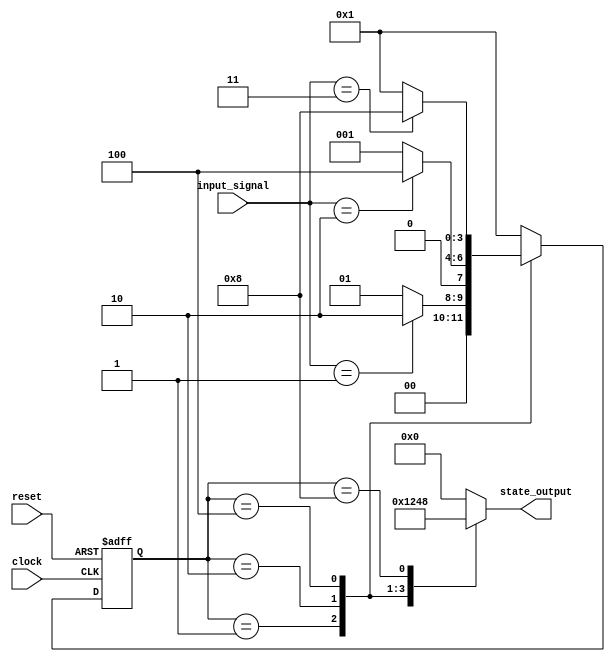
module synchronous_fsm (
    input wire clock,          // Clock signal
    input wire reset,          // Asynchronous reset signal
    input wire [1:0] input_signal, // Example input signals
    output reg [3:0] state_output // Example output
);

    // State variable
    reg [3:0] current_state, next_state;

    // Define state encoding
    parameter STATE_A = 4'b0001;
    parameter STATE_B = 4'b0010;
    parameter STATE_C = 4'b0100;
    parameter STATE_D = 4'b1000;

    // Sequential logic: State transition on clock edge
    always @(posedge clock or posedge reset) begin
        if (reset) begin
            current_state <= STATE_A; // Initialize to state A on reset
        end else begin
            current_state <= next_state; // Transition to next state
        end
    end

    // Combinational logic: Determine next state based on current state and input
    always @(*) begin
        case (current_state)
            STATE_A: begin
                if (input_signal == 2'b01) begin
                    next_state = STATE_B;
                end else begin
                    next_state = STATE_A;
                end
            end
            STATE_B: begin
                if (input_signal == 2'b10) begin
                    next_state = STATE_C;
                end else begin
                    next_state = STATE_A;
                end
            end
            STATE_C: begin
                if (input_signal == 2'b11) begin
                    next_state = STATE_D;
                end else begin
                    next_state = STATE_A;
                end
            end
            STATE_D: begin
                next_state = STATE_A; // Loop back to STATE_A from STATE_D
            end
            default: next_state = STATE_A; // Default case
        endcase
    end

    // Output logic: Generate outputs based on current state
    always @(*) begin
        case (current_state)
            STATE_A: state_output = 4'b0001; // Output for state A
            STATE_B: state_output = 4'b0010; // Output for state B
            STATE_C: state_output = 4'b0100; // Output for state C
            STATE_D: state_output = 4'b1000; // Output for state D
            default: state_output = 4'b0000; // Default output
        endcase
    end

endmodule